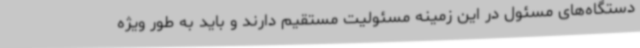
دستگاه‌های مسئول در این زمینه مسئولیت مستقیم دارند و باید به طور ویژه